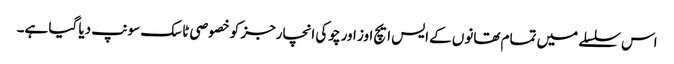
اس سلسلے میں تمام تھانوں کے ایس ایچ اوز اور چوکی انچارجز کو خصوصی ٹاسک سونپ دیا گیا ہے۔